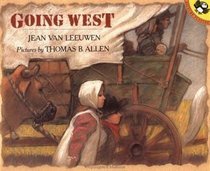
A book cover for Going West; Jean Van Leeuwen; Teen & Young Adult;